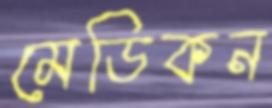
মেডিকন